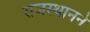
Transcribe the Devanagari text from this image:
राजस्थानने